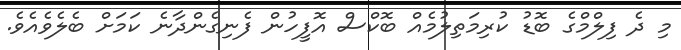
މި ދެ ފިލްމްގެ ބޮޑު ކުރިމަތިލުމެއް ބޮކްސް އޮފީހުން ފެނިގެންދާނެ ކަމަށް ބެލެވެއެވެ.